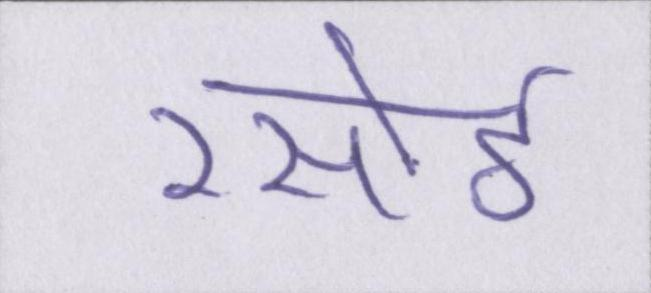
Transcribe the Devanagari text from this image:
रसोई